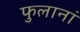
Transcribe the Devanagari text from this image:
फुलानां